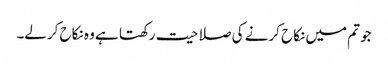
جو تم میں نکاح کرنے کی صلاحیت رکھتا ہے وہ نکاح کرلے۔